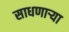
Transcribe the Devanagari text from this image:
साधणार्‍या